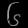
Digit: ၆